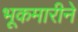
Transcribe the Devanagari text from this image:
भूकमारीने